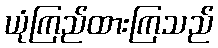
ယုံကြည်ထားကြသည်